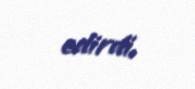
edirdi.